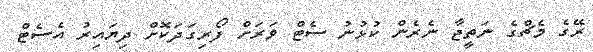
ރޭގެ މެޗްގެ ނަތީޖާ ނެރެން ކުޅުނު ސެޓް ވަރަށް ފޯރިގަދަކޮށް ދިޔައިރު އެސެޓް